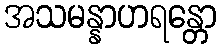
အသမန္နာဟရန္တော